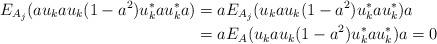
LaTeX: \begin{align*}E_{A_{j}}(au_{k}au_{k}(1-a^{2})u_{k}^*au_{k}^*a)& =aE_{A_{j}}(u_{k}au_{k}(1-a^{2})u_{k}^*au_{k}^*)a\\&=a E_{A}(u_{k}au_{k}(1-a^{2})u_{k}^*au_{k}^*)a=0\end{align*}